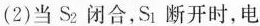
(2)当S_{2}闭合，S_{1}断开时，电